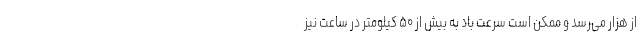
از هزار می‌رسد و ممکن است سرعت باد به بیش از ۵۰ کیلومتر در ساعت نیز